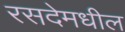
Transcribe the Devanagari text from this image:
रसदेमधील